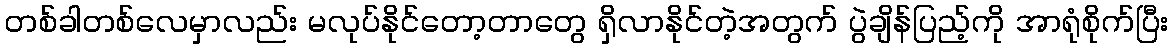
တစ်ခါတစ်လေမှာလည်း မလုပ်နိုင်တော့တာတွေ ရှိလာနိုင်တဲ့အတွက် ပွဲချိန်ပြည့်ကို အာရုံစိုက်ပြီး